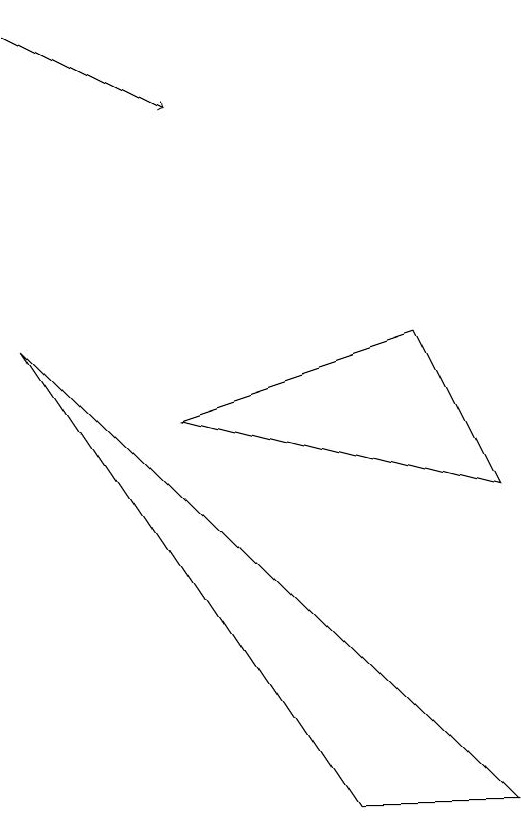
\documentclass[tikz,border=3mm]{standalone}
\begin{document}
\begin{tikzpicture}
\draw (5,1) -- (7,1) -- (1,7) -- cycle;
\draw[->] (1,11) -- (3,10);
\draw (3,6) -- (7,5) -- (6,7) -- cycle;
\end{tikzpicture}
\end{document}